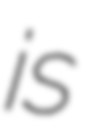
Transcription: is